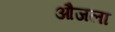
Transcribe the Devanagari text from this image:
औजला